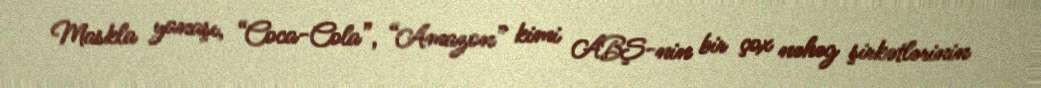
Maskla yanaşı, “Coca-Cola”, “Amazon” kimi ABŞ-nin bir çox nəhəg şirkətlərinin